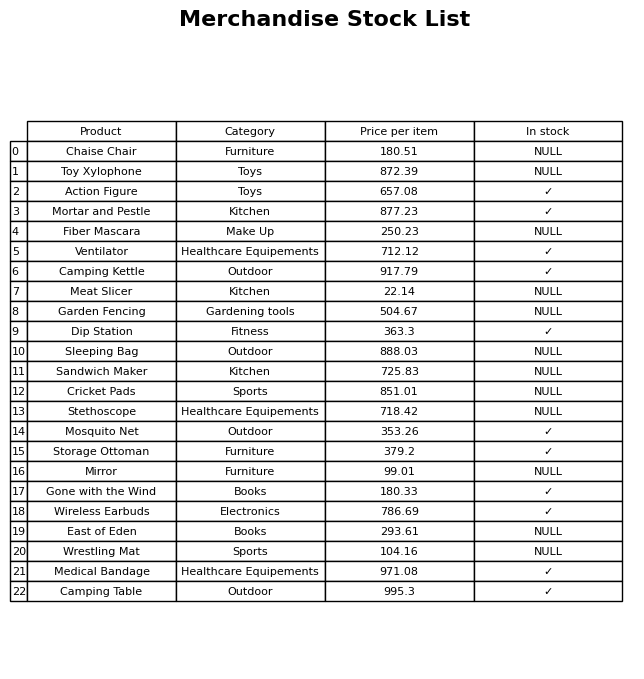
question: What is the price for Chaise Chair?
answer: The price of Chaise Chair is 180.51.